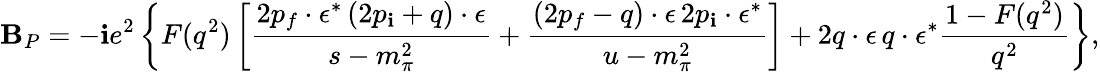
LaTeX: {\cal\mathbf{B}}_{P}=-\mathbf{i}e^{2}\left\{ F(q^{2})\left[\frac{{2p_{f}\cdot\epsilon^{\ast}\, (2p_{\mathbf{i}}+q)\cdot\epsilon}}{{s-m_{\pi}^{2}}}+\frac{{(2p_{f}-q)\cdot\epsilon\, 2p_{\mathbf{i}}\cdot\epsilon^{\ast}}}{{u-m_{\pi}^{2}}}\right]+2q\cdot\epsilon\, q\cdot\epsilon^{\ast}\frac{{1-F(q^{2})}}{{q^{2}}}\right\} ,